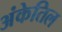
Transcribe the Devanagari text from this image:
अंकेतिल